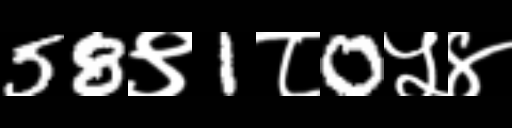
Text: 58९1८0५४